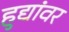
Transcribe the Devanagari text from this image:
हुद्यांवर